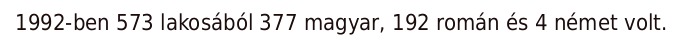
1992-ben 573 lakosából 377 magyar, 192 román és 4 német volt.